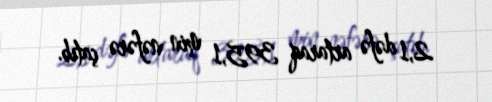
2,1 dəfə artaraq 395,1 min nəfərə çatıb.